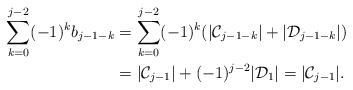
\begin{align*}\sum_{k=0}^{j-2}(-1)^kb_{j-1-k}&=\sum_{k=0}^{j-2}(-1)^k(|\mathcal{C}_{j-1-k}|+|\mathcal{D}_{j-1-k}|)\\&=|\mathcal{C}_{j-1}|+(-1)^{j-2}|\mathcal{D}_1|=|\mathcal{C}_{j-1}|.\end{align*}